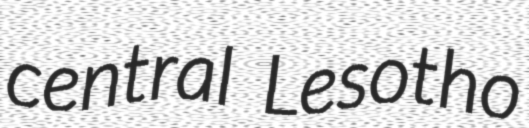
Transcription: central Lesotho